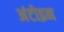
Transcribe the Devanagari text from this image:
अंटोइन